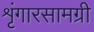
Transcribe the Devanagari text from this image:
शृंगारसामग्री